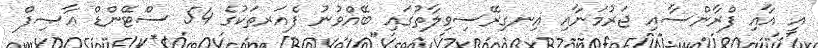
އީ އާއި ފްރާންސާއި ޖަރުމަނާއި އިނގިރޭސިވިލާތުގައި ބޭއްވުނު ފެއަރތަކުގެ 54 ސްޓޭންޑް ޢާޞިފް